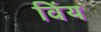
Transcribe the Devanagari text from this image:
विंय